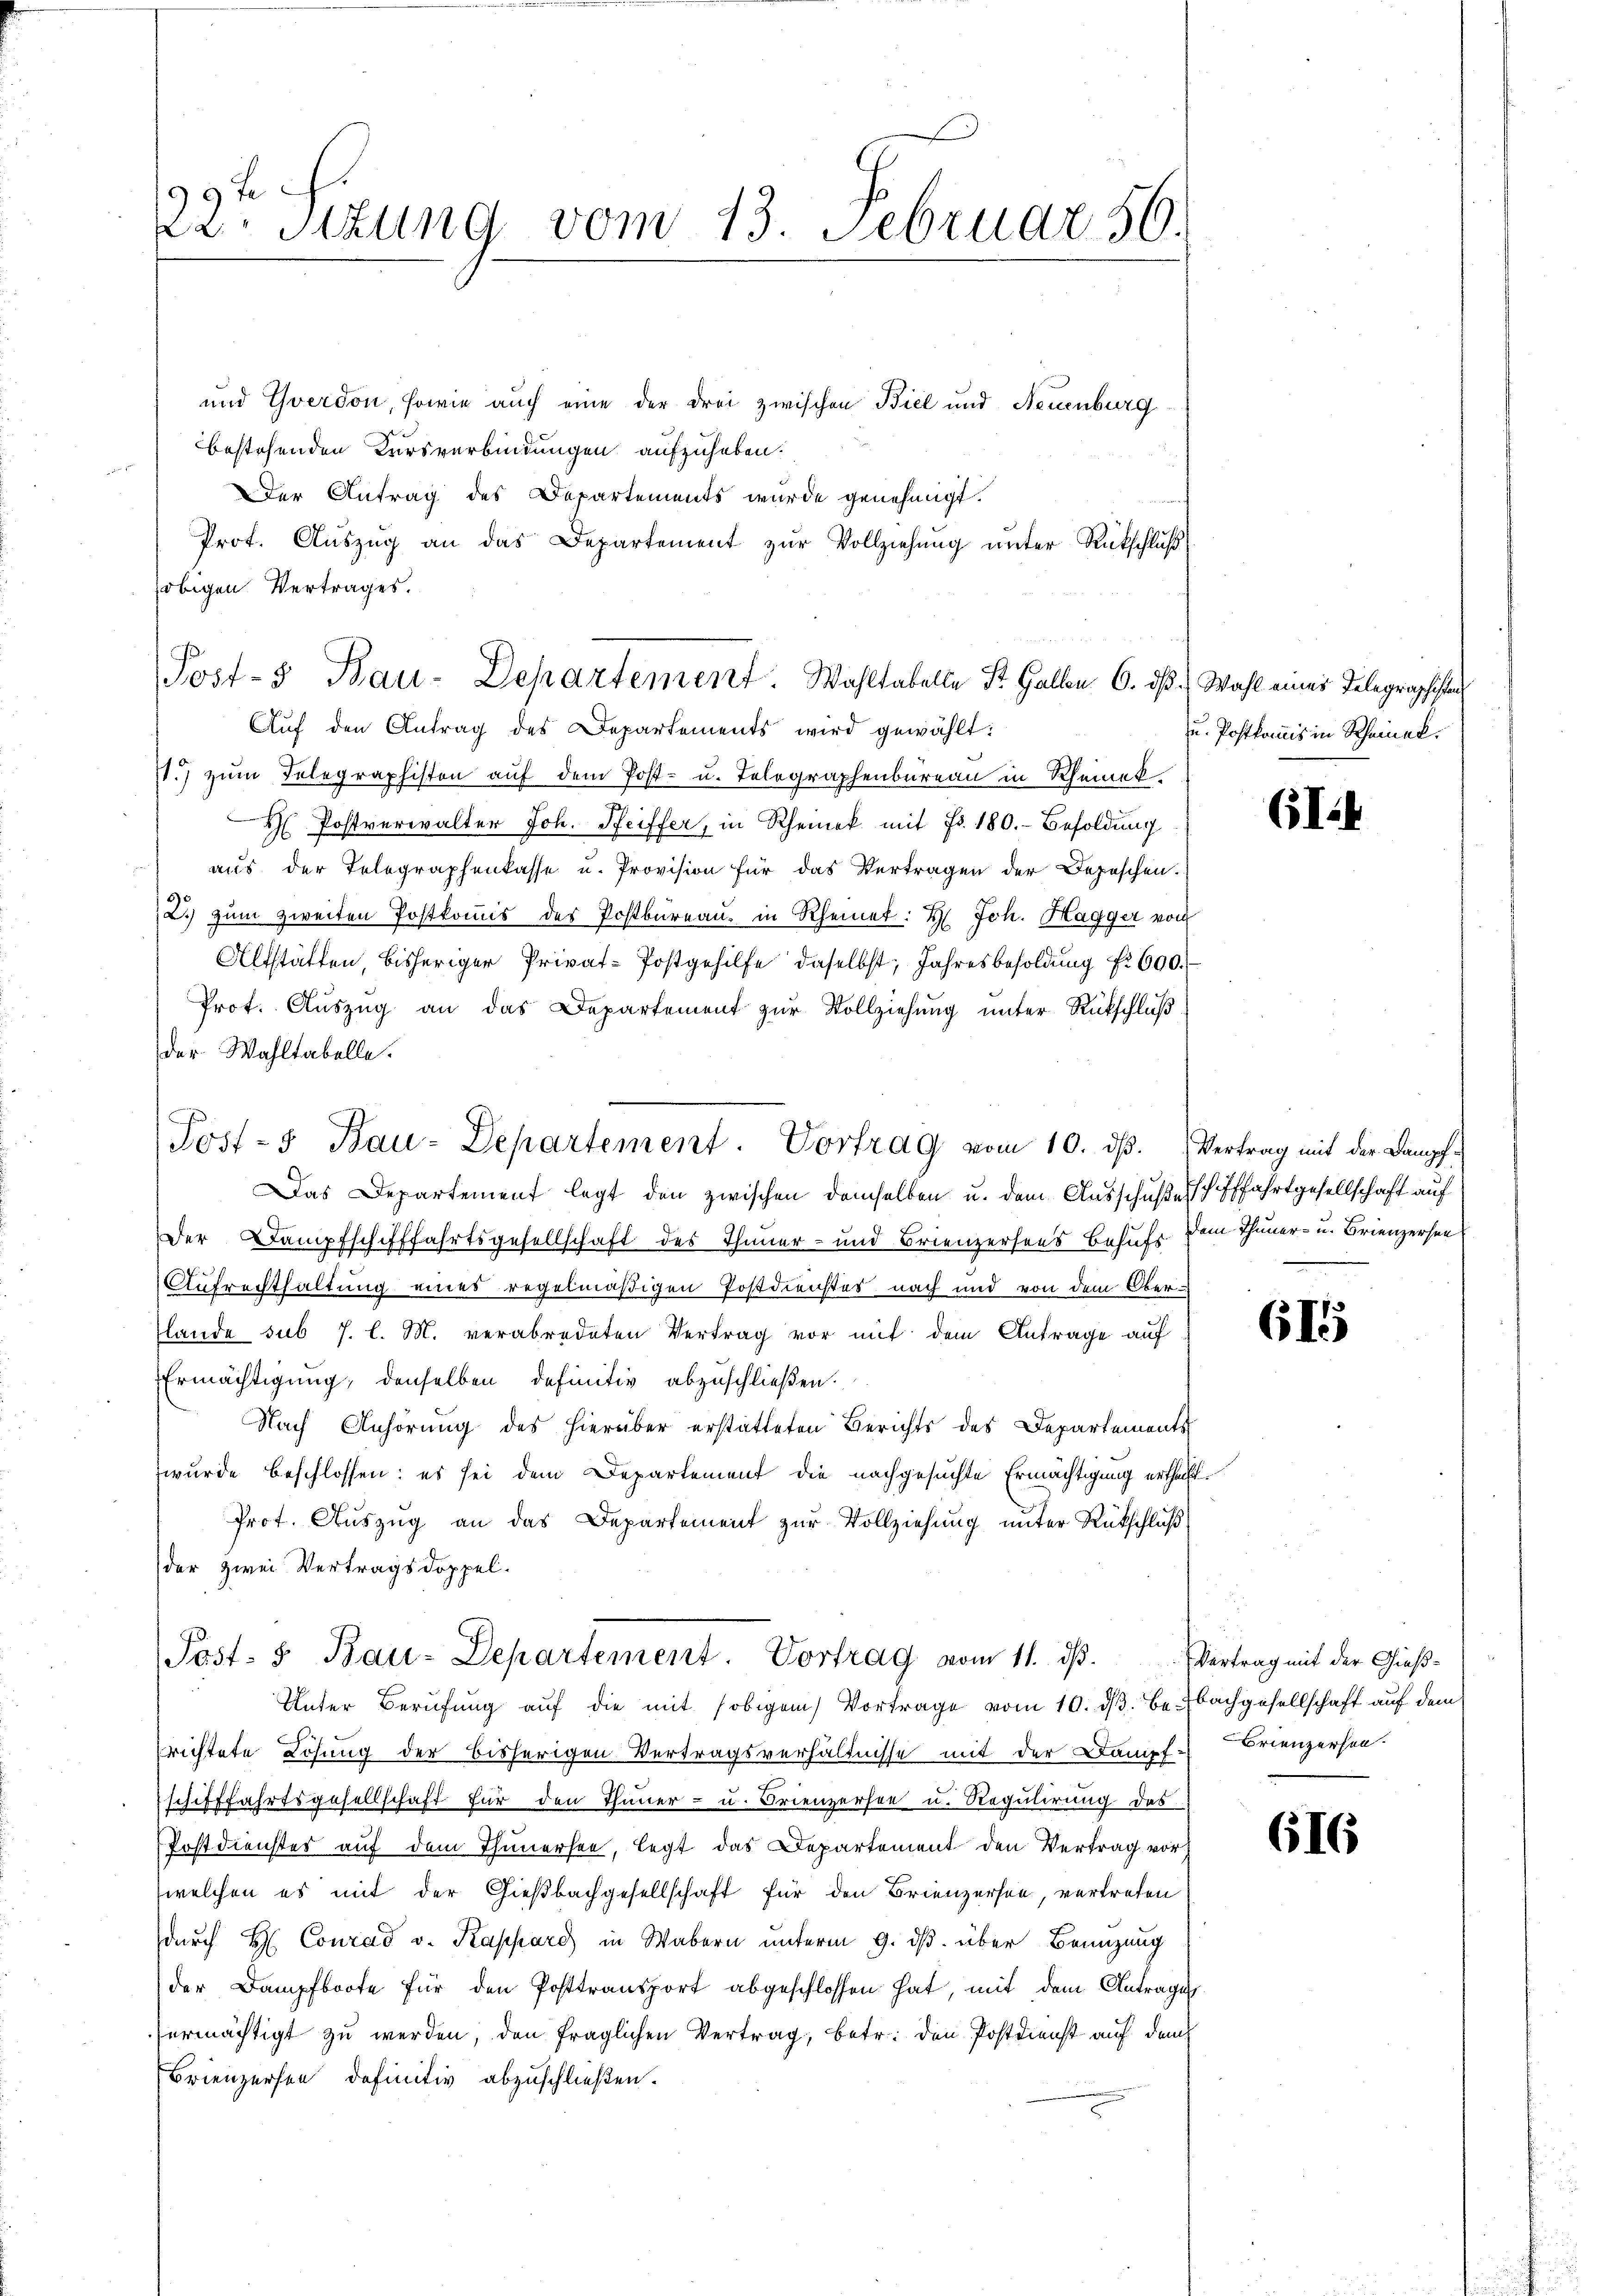
22. Sitzung vom 13. Februar 56.

und Yverdon, sowie auch eine der drei zwischen Biel und Neuenburg
bestehenden Kursverbindungen aufzuheben.
Der Antrag des Departements wurde genehmigt.
Prot. Aŭszŭg an das Departement zŭr Vollziehŭng ŭnter Rückschlŭβ
obigen Vertrages.
Auf den Antrag des Departements wird gewählt:
s.) zum Telegraphiston auf dem Post- u. Telegraphenbureau in Rheinek
Postverwalter Joh. Seiffer, in Rheinek mit Fr. 180. Besoldung
aus der Telegraphenkasse u. Provision für das Vertragen der Depeschen.
2.) zum zweiten Postkommis des Postbureau in Rheinet: H. Joh. Hagger von
Altstätten, bisheriger Privat-Postgehilfe daselbst, Jahresbesoldung fr 600.
Prot. Aŭszŭg an das Departement zŭr Vollziehŭng ŭnter Rückschlŭβ
der Wahltabelle.
Das Departement legt den zwischen demselben u. dem Ausschuß ich Pffahrtgesellschaft auf
Der Dampfschifffahrtsgesellschaft des Thauer- und Brienzersees Behufs dem Thuner- u. Brienzersen
Aufrechthaltung eines regelmäßigen Postdienstes nach und von dem Oberlande sub 7. l. M. verabredeten Vertrag vor mit dem Antrage auf
Ermächtigung; denselben definitiv abzuschließen.
Nach Anhörung des hierüber erstatteten Berichts des Departements
wurde beschlossen; es sei dem Departement die nachgesuchte Ermächtigung ertheilt.
Prot. Auszug an das Departement zur Vollziehung unter Rückschluß
der zwei Vertragsdoppel.
Post- 5 Bau-Departement. Vortrag vom 11. ds.
Unter Berufung auf die mit obigem Vortrage vom 10. dβ. Be. Bachgesellschaft auf dem
richtete Lösung der bisherigen Vertragsverhältnisse mit der Dampf-Brienzersen.
schifffahrtsgesellschaft für den Thuner- u. Frienzersee u. Regulirung das
Postdienstes auf dem Thunersee, legt das Departement den Vertrag vor
welchen es mit der Gießbachgesellschaft für den Brienzersee, vertreten
durch H. Conrad v. Kappard in Wabern unterm 9. ds. über Benützung
der Dampfboote für den Posttransport abgeschlossen hat, mit dem Antrages
ermächtigt zu werden, den fraglichen Vertrag, betr. den Postdienst auf den
Brienzerten definitiv abzuschließen.

Post- Bau-Departement. Vortrag vom 10. dβ. Vertrag mit der Dampf-

Post- & Bau-Departement. Wahltabelle St. Gallen 6. ds. Wahl eines Telegraphisten

u. Postkomis in Rheinek.

(I4

615

616

Vertrag mit der Gieß¬